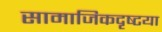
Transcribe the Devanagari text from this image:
सामाजिकदृष्‍टया